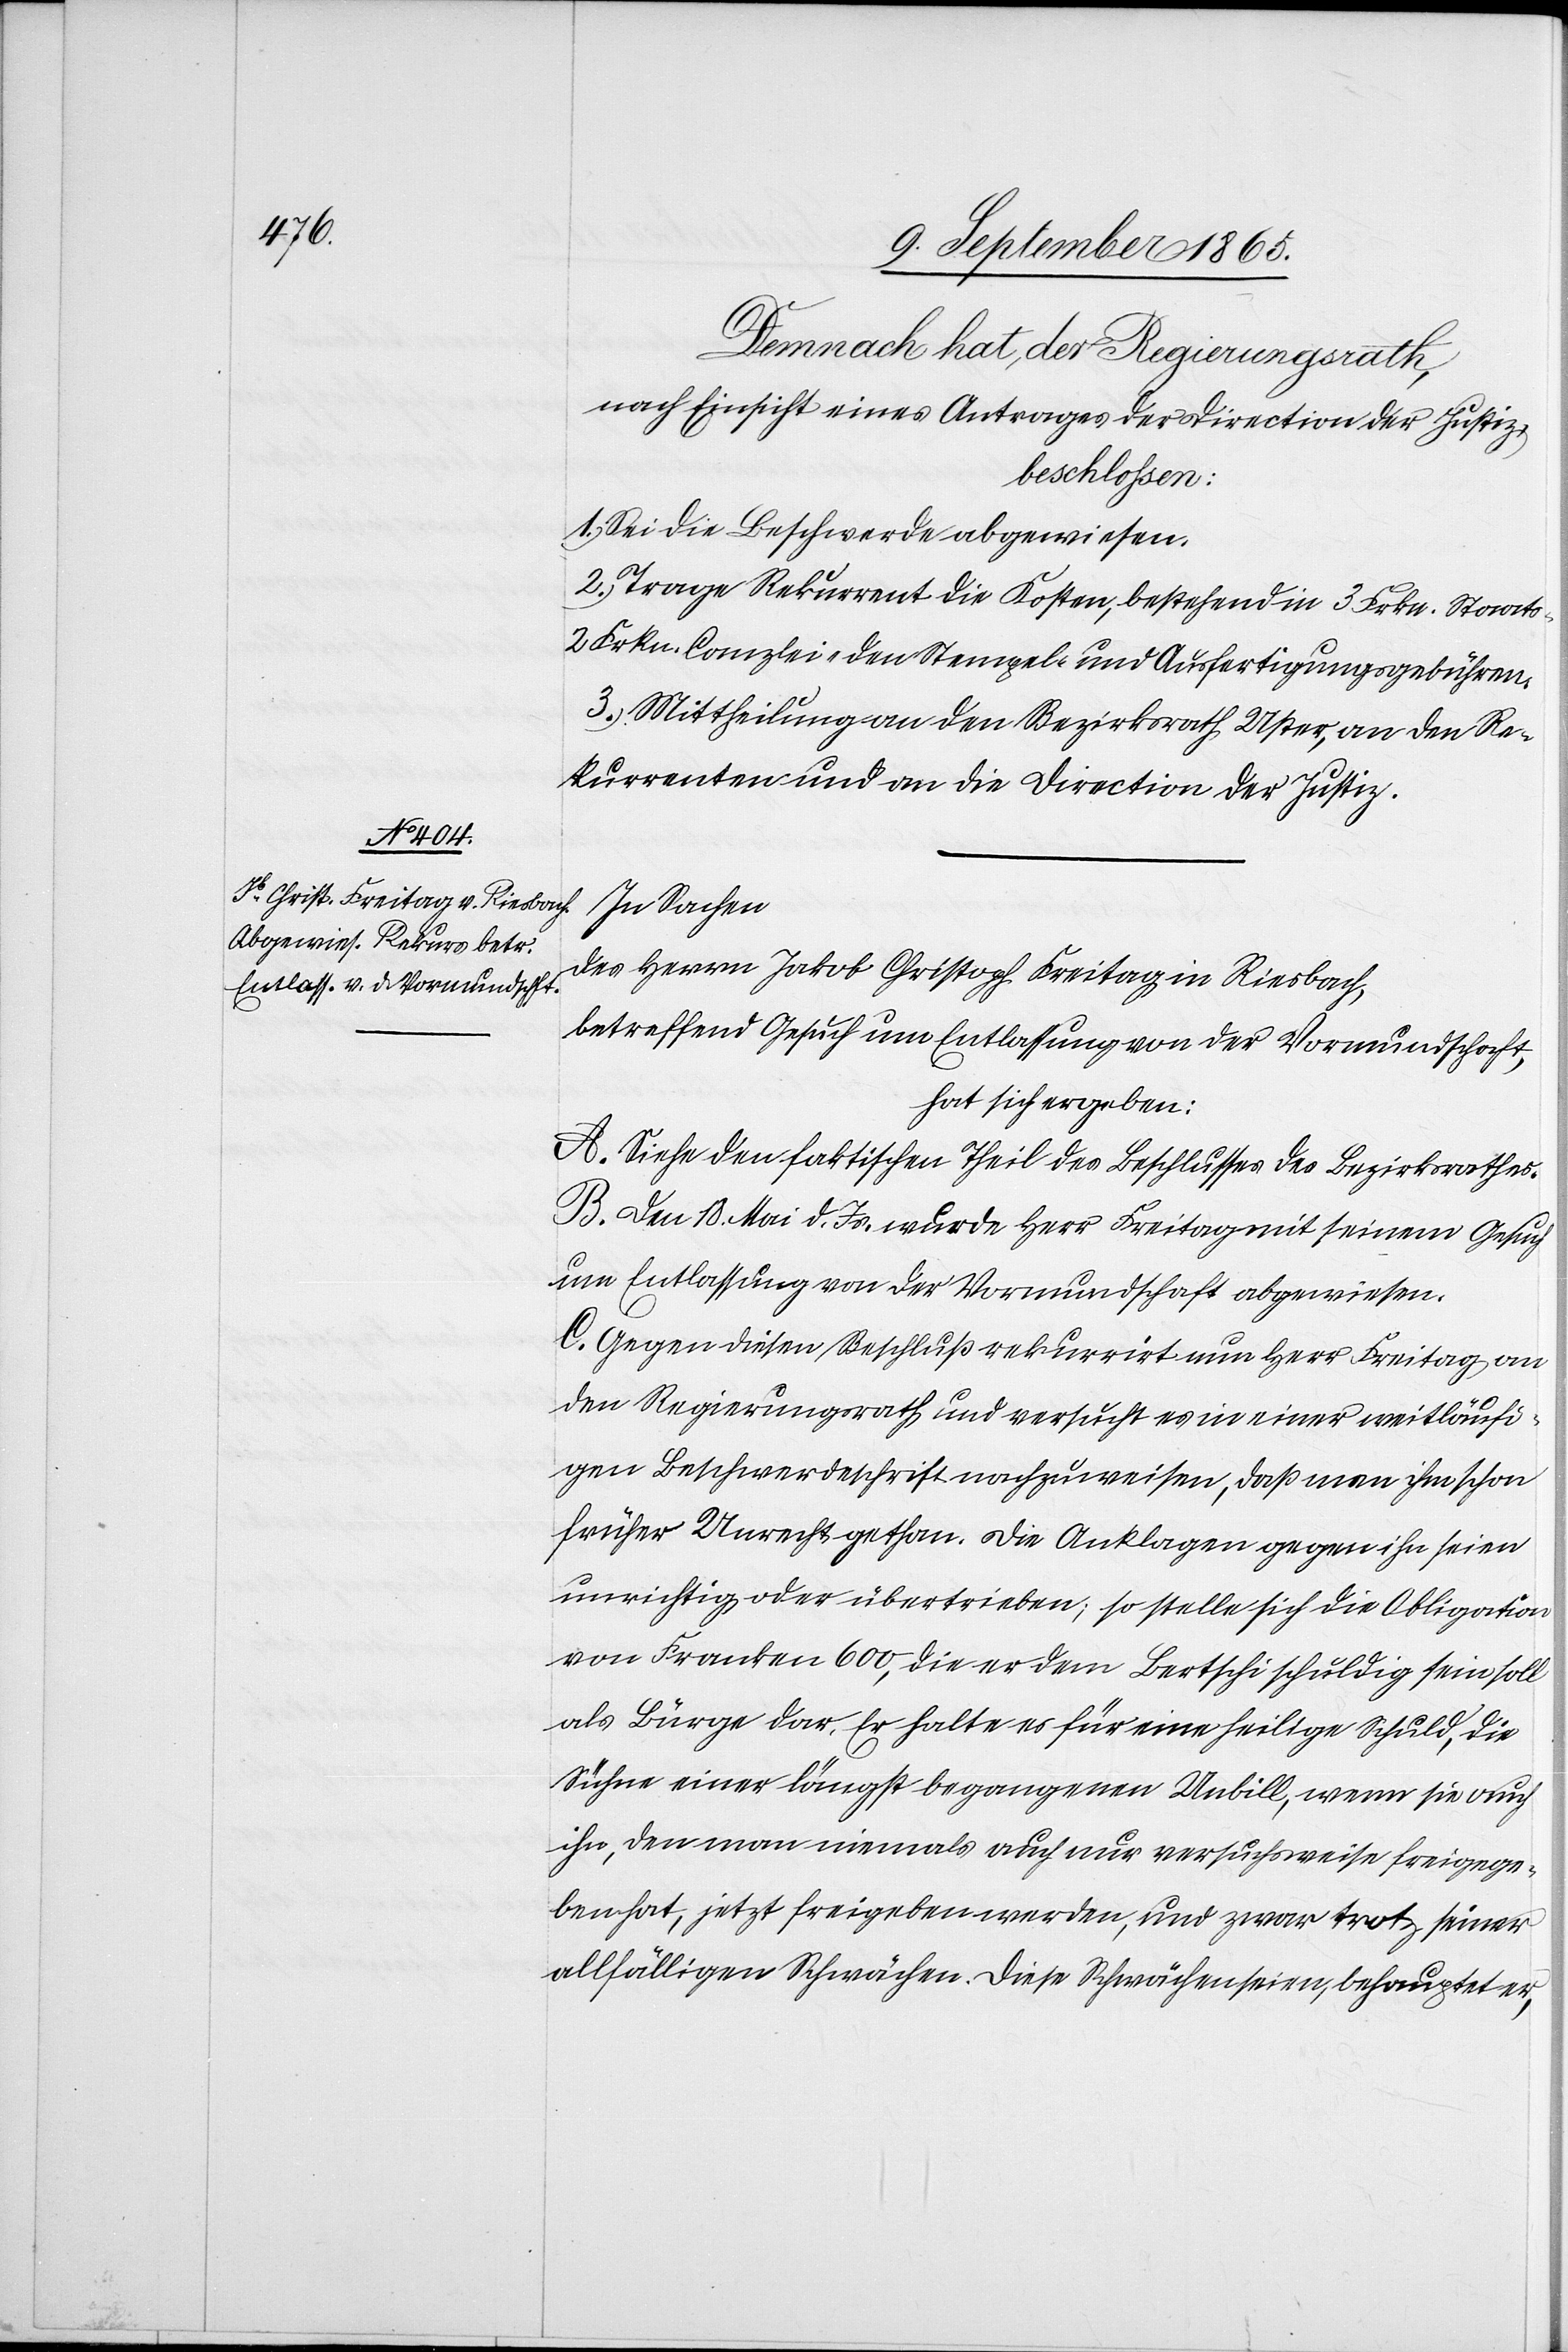
Demnach hat der Regierungsrath,
nach Einsicht eines Antrages der Direction der Justiz,
beschlossen:
1. Sei die Beschwerde abgewiesen.
2. Trage Rekurrent die Kosten, bestehend in 3 Frkn. Staats-[,]
2 Frk. Canzlei- den Stempel- und Ausfertigungsgebühren.
3. Mittheilung an den Bezirksrath Uster, an den Re¬
kurrenten und an die Direction der Justiz.
In Sachen
des Herrn Jakob Christoph Freitag in Riesbach,
betreffend Gesuch um Entlassung von der Vormundschaft,
hat sich ergeben:
A. Siehe den faktischen Theil des Beschlusses des Bezirksrathes.
B. Den 18. Mai d. Js. wurde Herr Freitag mit seinem Gesuch
um Entlassung von der Vormundschaft abgewiesen.
C. Gegen diesen Beschluß rekurrirt nun Herr Freitag an
den Regierungsrath und versucht es in einer weitläufi¬
gen Beschwerdeschrift nachzuweisen, daß man ihm schon
früher Unrecht gethan. Die Anklagen gegen ihn seien
unrichtig oder übertrieben; so stelle sich die Obligation
von Franken 600, die er dem Bertschi schuldig sein soll
als Bürge dar. Er halte es für eine heilige Schuld, die
Sühne einer längst begangenen Unbill, wenn sie auch
ihn, den man niemals auch nur versuchsweise freigege¬
ben hat, jetzt freigeben werden, und zwar trotz seiner
allfälligen Schwächen. Diese Schwächen seien, behauptet er,